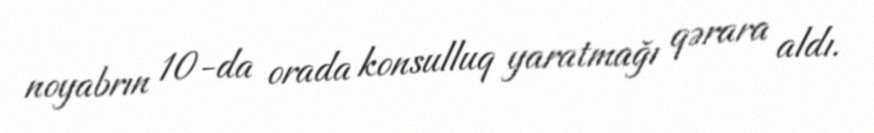
noyabrın 10-da orada konsulluq yaratmağı qərara aldı.